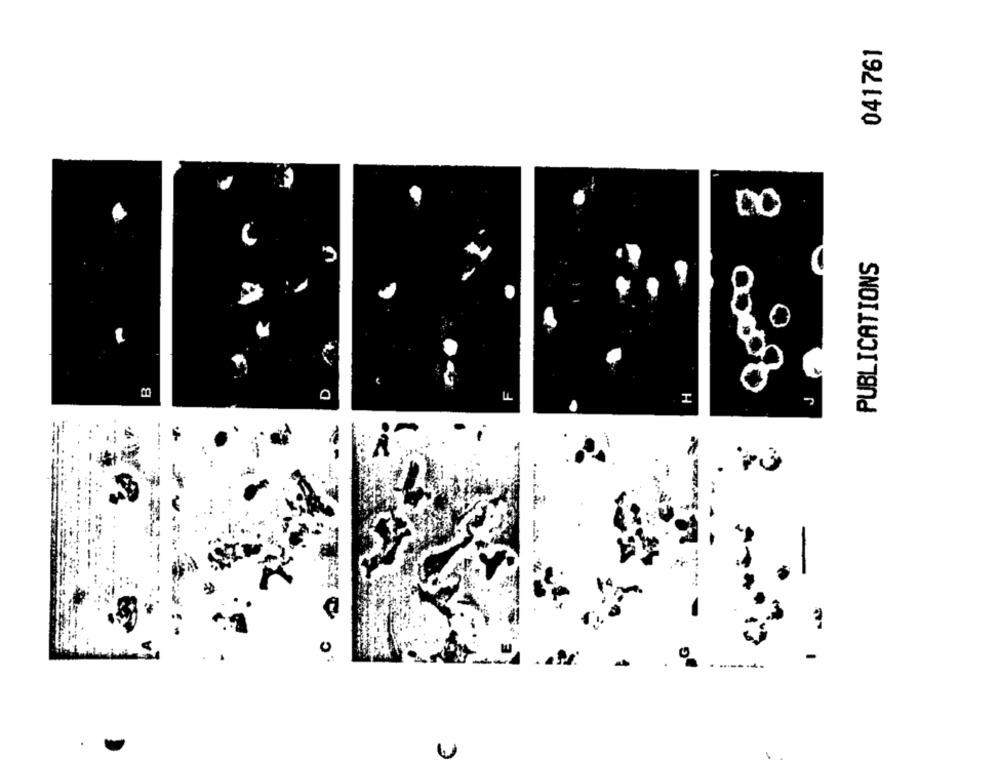
041761
00
PUBLICATIONS
B
H
0
-
. C